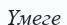
Үмеге